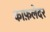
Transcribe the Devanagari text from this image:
काफ़लेदर